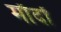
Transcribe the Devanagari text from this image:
माँदों